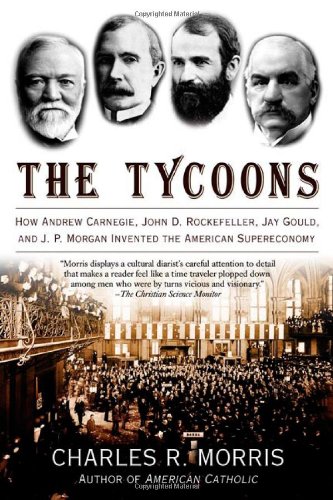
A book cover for The Tycoons: How Andrew Carnegie, John D. Rockefeller, Jay Gould, and J. P. Morgan Invented the American Supereconomy; Charles R. Morris; Business & Money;